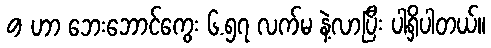
9 ဟာ ဘေးဘောင်ကွေး ၆.၅၇ လက်မ နဲ့လာပြီး ပါရှိပါတယ်။